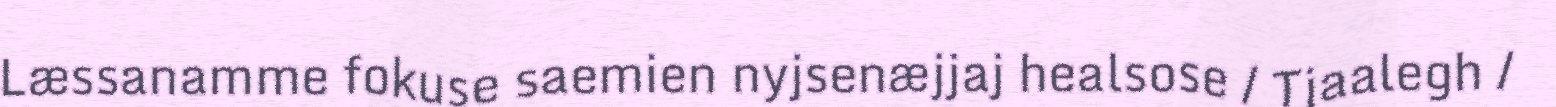
Læssanamme fokuse saemien nyjsenæjjaj healsose / Tjaalegh /